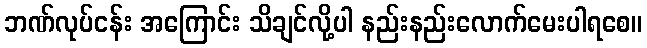
ဘဏ်လုပ်ငန်း အကြောင်း သိချင်လို့ပါ နည်းနည်းလောက်မေးပါရစေ။